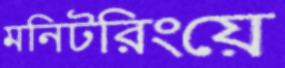
মনিটরিংয়ে